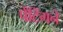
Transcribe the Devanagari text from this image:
पेंटिंगने